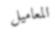
المعاميل